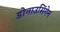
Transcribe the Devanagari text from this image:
डोनाउसिंगेन